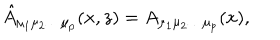
\hat { A } _ { \mu _ { 1 } \mu _ { 2 } \ldots \mu _ { p } } ( x , z ) = A _ { \mu _ { 1 } \mu _ { 2 } \ldots \mu _ { p } } ( x ) ,